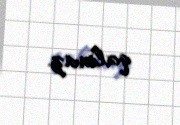
qalmaz.